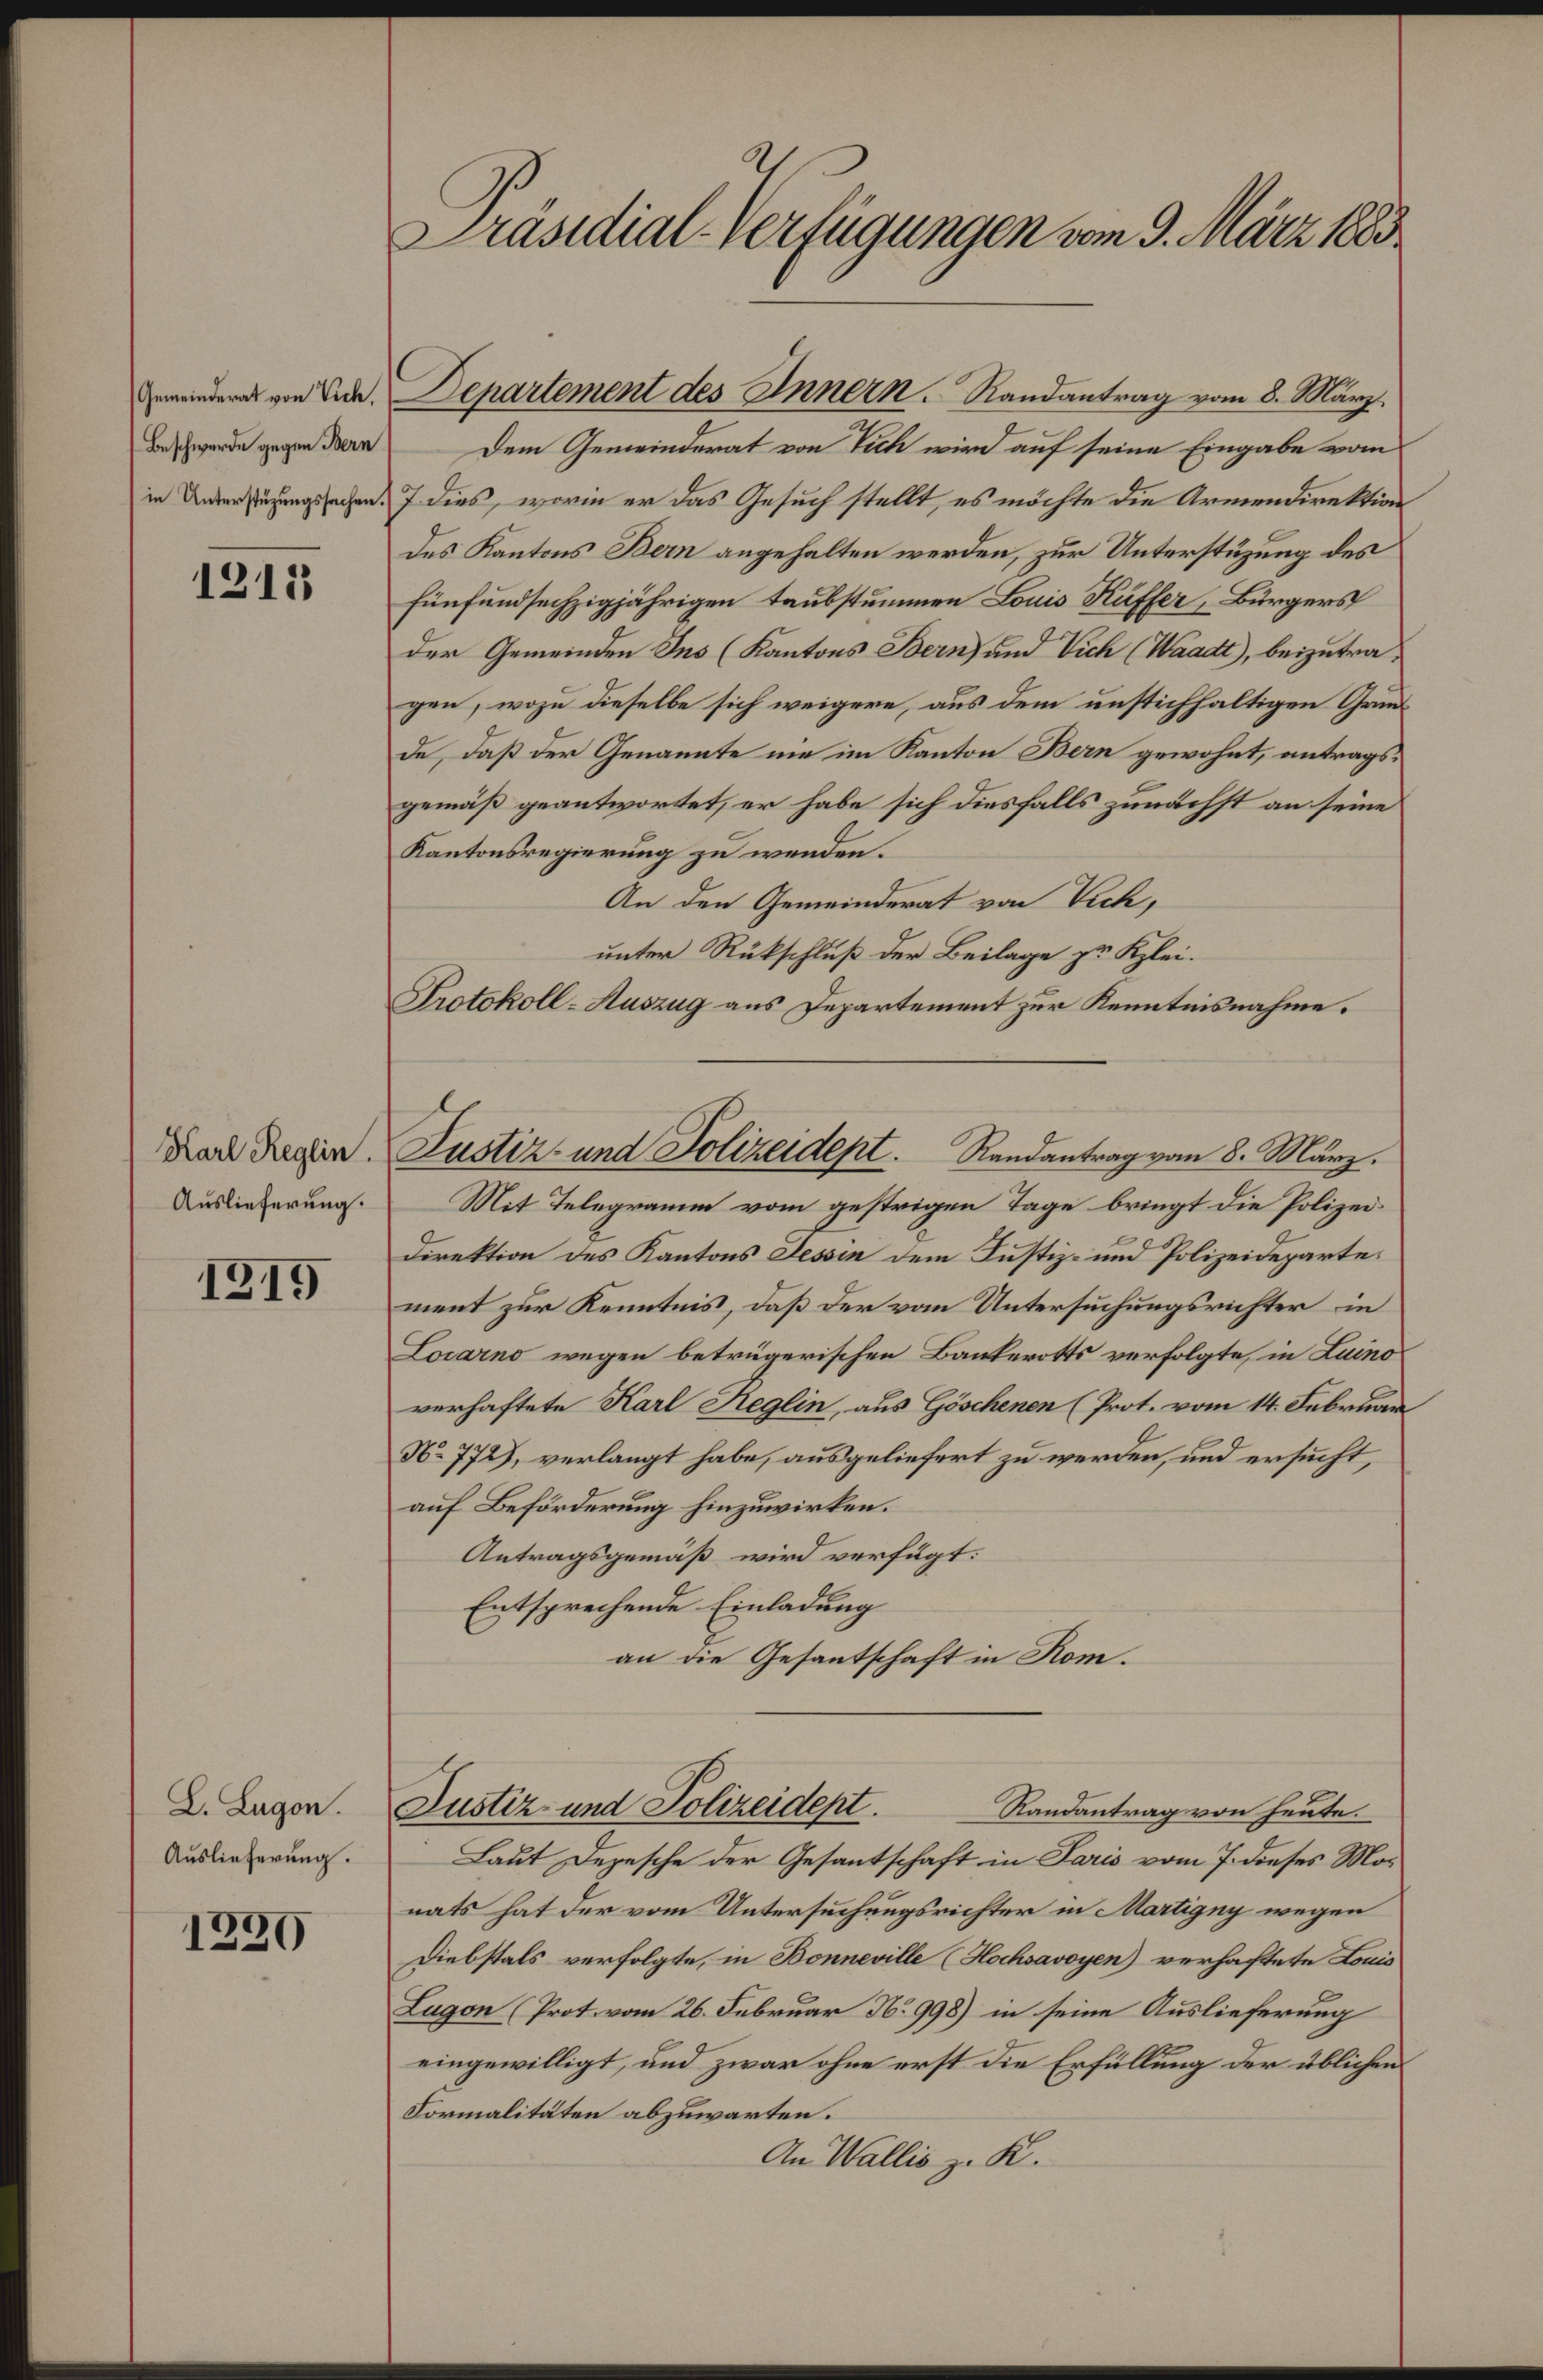
Gemeinderat von Vich.
Beschwerde gegen Bern
in Unterstüzungssachen.

1213

Karl Reglin.
Auslieferung.

1319

L. Lugon.
Auslieferung.

1330

Präsidial-Verfügungen vom 9. März 1883

Departement des Innern. Randantrag vom 8. März.
Dem Gemeinderat von Vich wird auf seine Eingabe vom
7 dies, worin er das Gesuch stellt, es möchte die Armendirektion
Des Kantons Bern angehalten werden, zur Unterstüzung des
fünfundsechzigjährigen taubstummen Louis Kuffer, Bürgers
der Gemeinden Ins (Kantons Bern und Vich (Waadt), beizutragen, wozu dieselbe sich weigere, aus dem unstichhaltigen Gründe, daß der Genannte nie im Kanton Bern gewohnt, antragsgemäß geantwortet, er habe sich diesfalls zunächst an seine
Kantonsregierung zu wenden.
An den Gemeinderat von Vich,
unter Rückschluß der Beilage zu Klei¬
Protokoll-Auszug aus Departement zur Kenntnisnahme.
Mit Telegramm vom gestrigen Tage bringt die Polizei
Direktion des Kantons Tessin dem Justiz- und Polizeidepartes
ment zur Kenntnis, daß der vom Untersuchungsrichter in
Locarno wegen betrügerischen Bankerotts verfolgte, in Luino
verhaftete Karl Reglin, aus Göschenen (Prot. vom 14. Februar
No 772), verlangt habe, ausgeliefert zu werden, und ersucht,
auf Beförderung hinzuwirken.
Antragsgemäß wird verfügt:
Entsprechende Einladung
an die Gesantschaft in Rom.
Justiz- und Polizeidept.
Randantrag von heute.
Laut Depesche der Gesantschaft in Paris vom 7. dieses Monats hat der vom Untersuchungsrichter in Martigny wegen
Diebstals verfolgte, in Bonneville (Hochsavoyen) verhaftete Louis
Lugon (Prot. vom 26. Februar No 998) in seine Auslieferung
eingewilligt, und zwar ohne erst die Erfüllung der üblichen
Formalitäten abzuwarten.
An Wallis z. K.

Justiz- und Polizeidept. Randantrag vom 8. März.